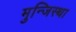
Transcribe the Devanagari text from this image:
मुन्जिस्था